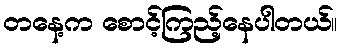
တနေ့က စောင့်ကြည့်နေပါတယ်။